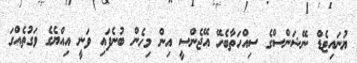
ޔުނައިޓެޑް ނޭޝަންސްގެ ސިއްހަތާބެހޭ އޭޖެންސީ އިން މިހެން ބުނެފައި ވަނީ އިއްޔެގެ ވަގުތެއްގަ